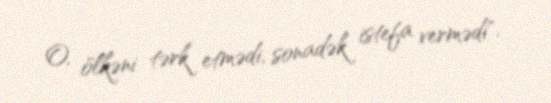
O, ölkəni tərk etmədi, sonadək istefa vermədi".